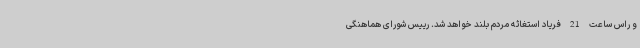
و راس ساعت 21 فریاد استغاثه مردم بلند خواهد شد. رییس شورای هماهنگی